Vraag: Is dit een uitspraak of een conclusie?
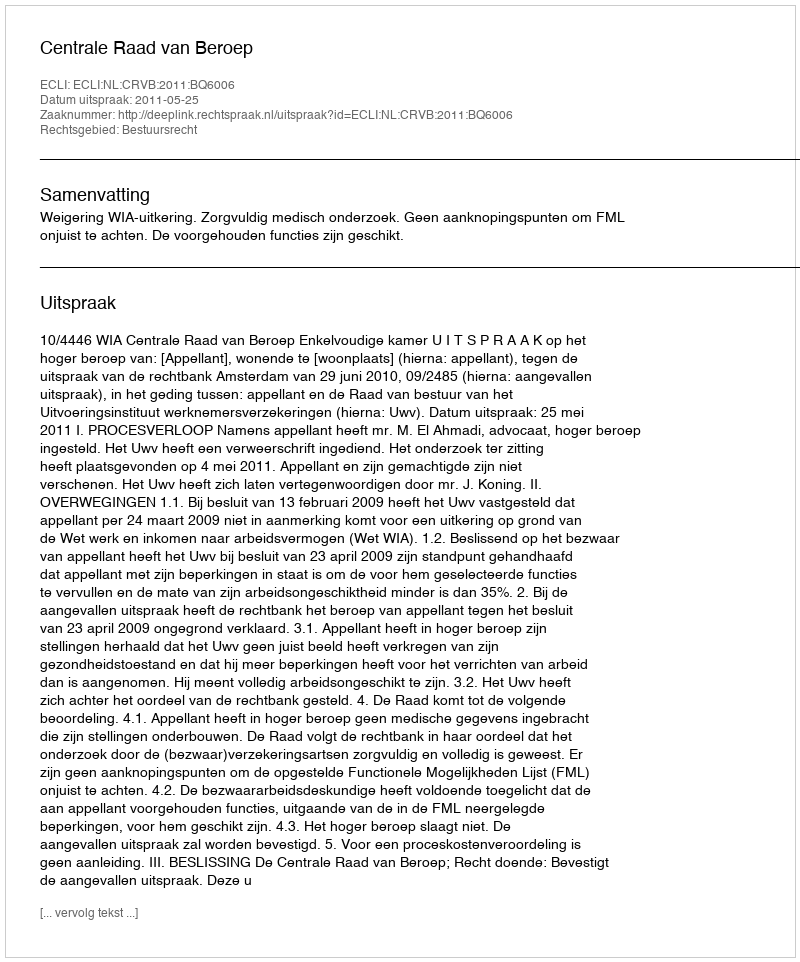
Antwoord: Uitspraak